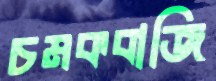
চমকবাজি